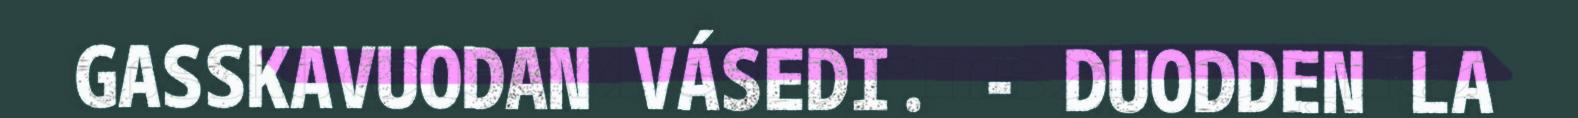
GASSKAVUODAN VÁSEDI. - DUODDEN LA